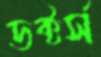
ডক্টর্স